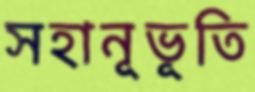
সহানূভূতি